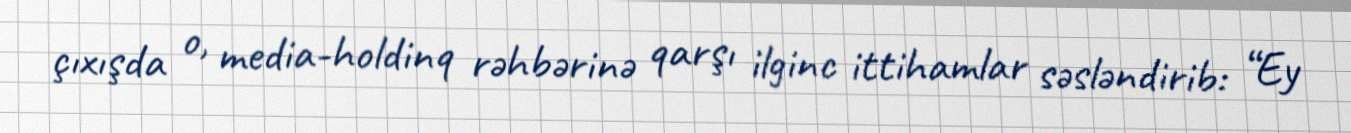
çıxışda o, media-holdinq rəhbərinə qarşı ilginc ittihamlar səsləndirib: “Ey